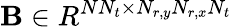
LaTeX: \textbf{B}\in R^{NN_{t}\times N_{r,y}N_{r,x}N_{t}}